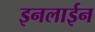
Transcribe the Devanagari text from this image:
इनलाईन